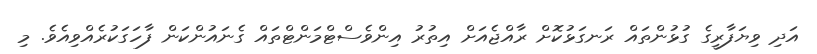
އަދި ވިޔަފާރީގެ ގުޅުންތައް ރަނގަޅުކޮށް ރާއްޖެއަށް އިތުރު އިންވެސްޓްމަންޓްތައް ގެނައުންކަން ފާހަގަކުރެއްވިއެވެ. މި